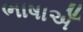
ભાષાએઁ